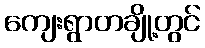
ကျေးရွာတချို့တွင်